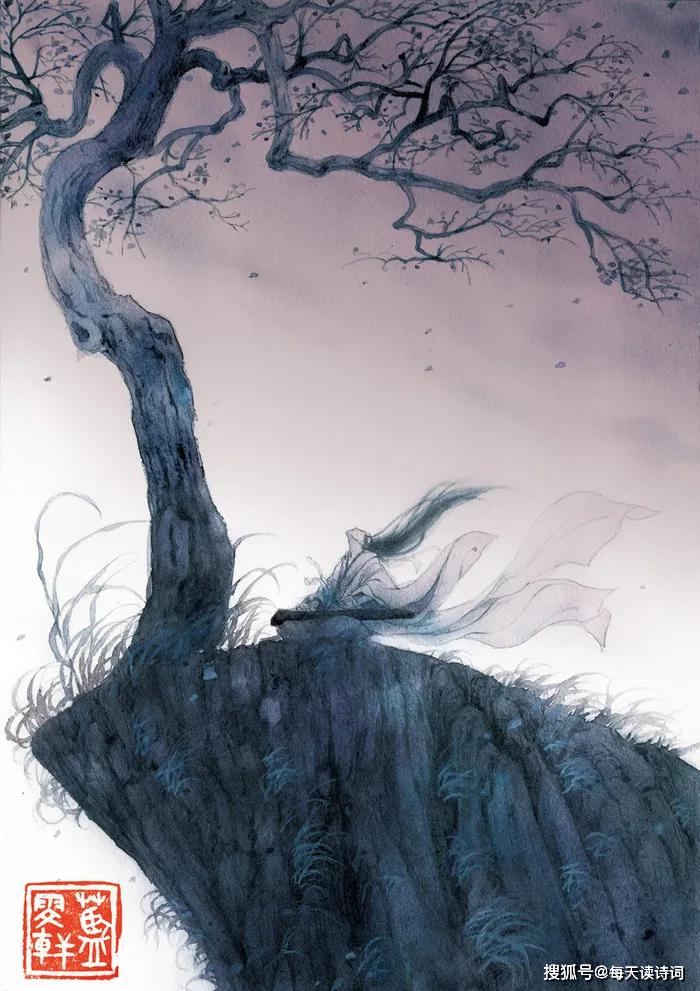
徘徊将何见？忧思独伤心。